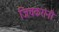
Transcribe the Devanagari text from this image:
जिचकरांनी